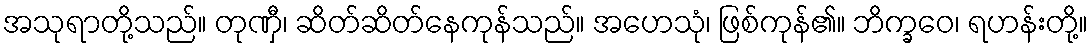
အသုရာတို့သည်။ တုဏှီ၊ ဆိတ်ဆိတ်နေကုန်သည်။ အဟေသုံ၊ ဖြစ်ကုန်၏။ ဘိက္ခဝေ၊ ရဟန်းတို့။